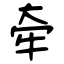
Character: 牵